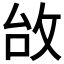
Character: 𢼉